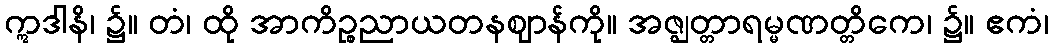
ဣဒါနိ၊ ၌။ တံ၊ ထို အာကိဉ္စညာယတနဈာန်ကို။ အဇ္ဈတ္တာရမ္မဏတ္တိကေ၊ ၌။ ဧကံ၊